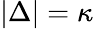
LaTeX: |\Delta|=\kappa